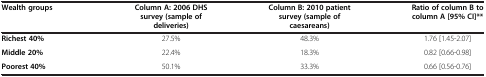
<table><thead><tr><td><b>Wealth groups</b></td><td><b>Column A: 2006 DHS survey (sample of deliveries)</b></td><td><b>Column B: 2010 patient survey (sample of caesareans)</b></td><td><b>Ratio of column B to column A [95% CI]**</b></td></tr></thead><tbody><tr><td><b>Richest 40%</b></td><td>27.5%</td><td>48.3%</td><td>1.76 [1.45-2.07]</td></tr><tr><td><b>Middle 20%</b></td><td>22.4%</td><td>18.3%</td><td>0.82 [0.66-0.98]</td></tr><tr><td><b>Poorest 40%</b></td><td>50.1%</td><td>33.3%</td><td>0.66 [0.56-0.76]</td></tr></tbody></table>